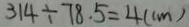
3 1 4 \div 7 8 . 5 = 4 ( c m )